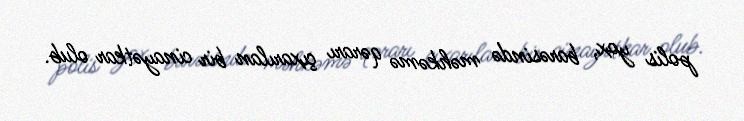
polis yox, barəsində məhkəmə qərarı çıxarılan bir cinayətkar olub.